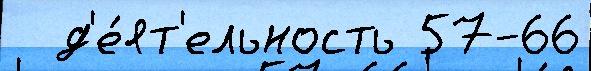
  д'е́ят'ельность 57-66